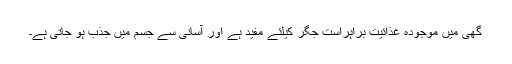
گھی میں موجودہ غذائیت براہراست جگر کیلئے مفید ہے اور آسانی سے جسم میں جذب ہو جاتی ہے۔